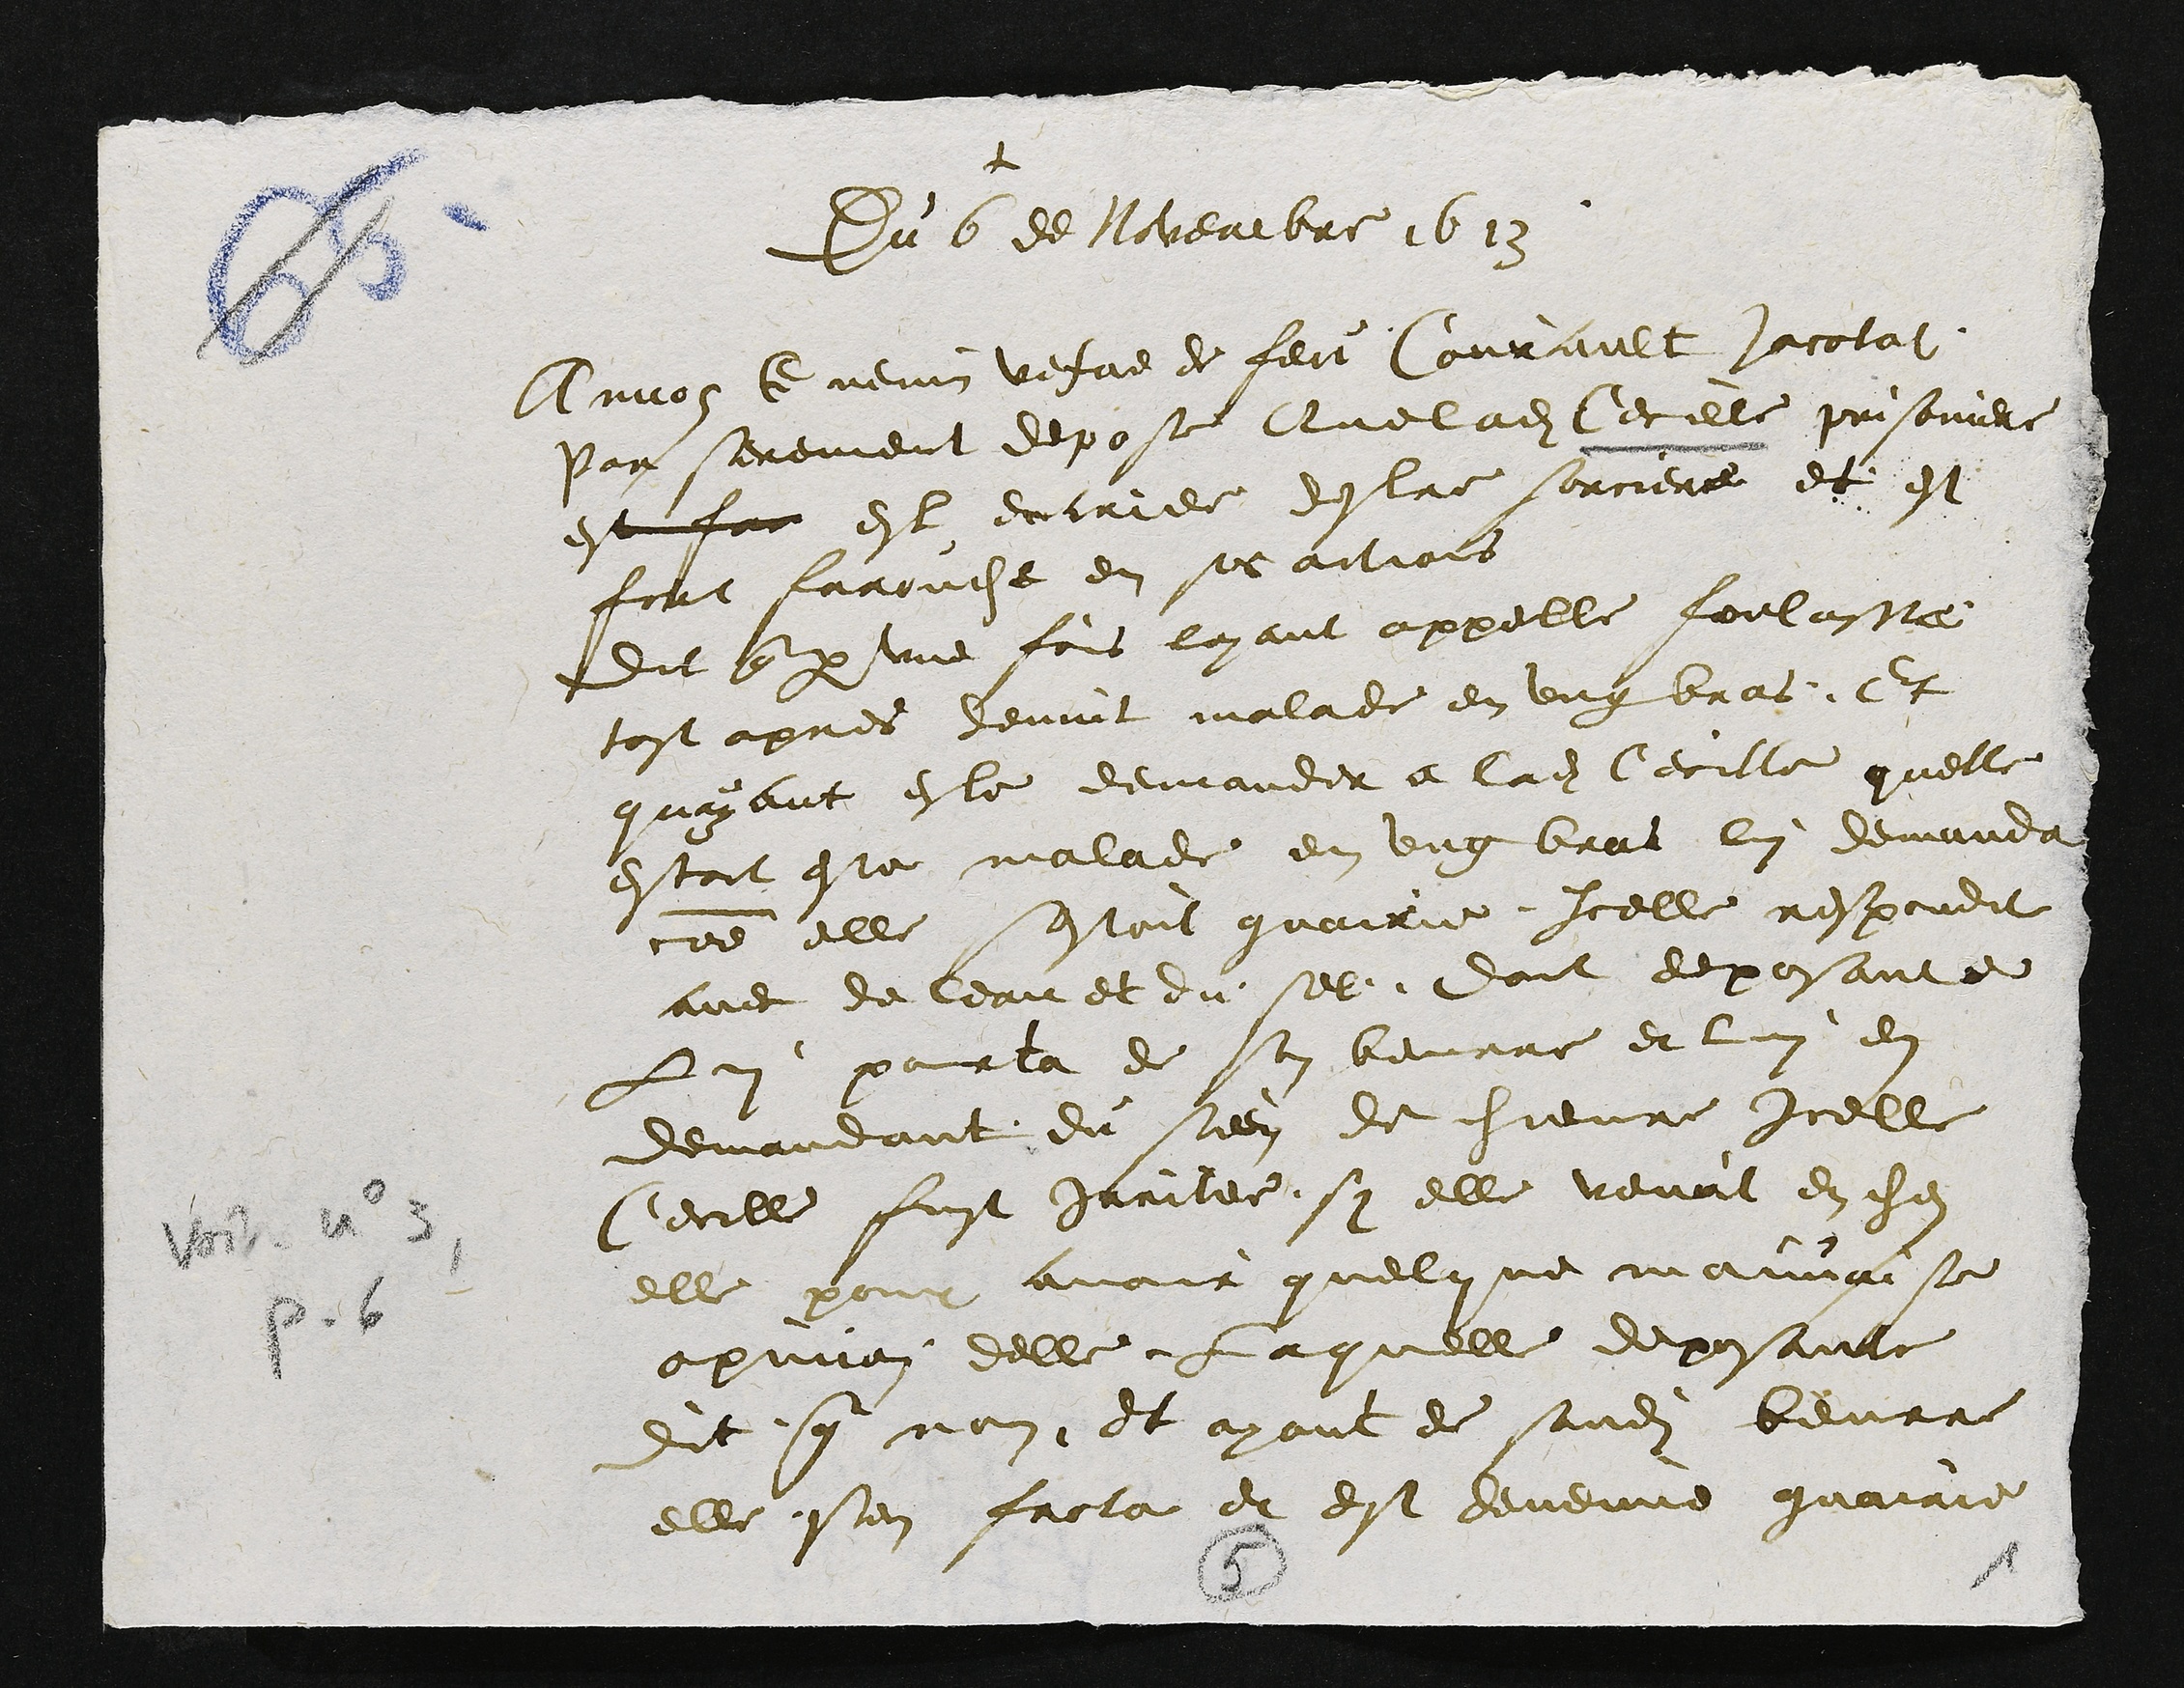
+
Du 6 de Novembre 1613
Amos Guenin vefve de feit Courault colat
Par serement depose Que ladite Cecelle prisonner
est que et entre destre sorciere et et
fort farouche en ses avois
Dit q par une fois layant appelle foulusse
tost apres devint malade en ung bras Et
quayant este demander a ladite Cecille quelle
estoit este malade en ung brat lui demandat
comme elle sestoit guairie icelle respondit
avec de ler et du sel dont deposante
Lui pour la de son beurre et lui en
demandant du sien de hievre Icelle
Cecille fust paritee sy elle veval en che
elle poir or quel ne mais
opinion delle Laquelle deposante
Dit que non et ayant de sondit beurre
elle en facte et est devenue guairie